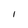
Character: l